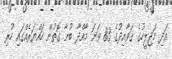
އަދި މަޖިލީހުގެ ޤަވާއިދުގެ 83 ވަނަ މާއްދާ ބުނާ ގޮތުން ހައްޔަރެއްގައި ހުރި